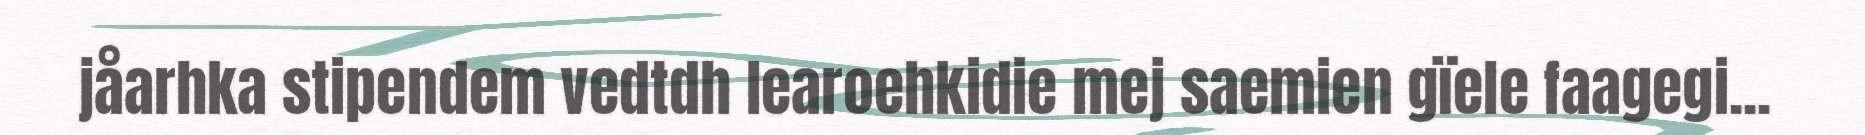
jåarhka stipendem vedtdh learoehkidie mej saemien gïele faagegi...